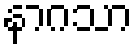
နာဂသာ